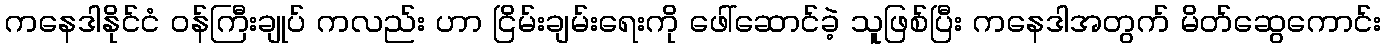
ကနေဒါနိုင်ငံ ဝန်ကြီးချုပ် ကလည်း ဟာ ငြိမ်းချမ်းရေးကို ဖေါ်ဆောင်ခဲ့ သူဖြစ်ပြီး ကနေဒါအတွက် မိတ်ဆွေကောင်း